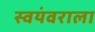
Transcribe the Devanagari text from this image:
स्वयंवराला